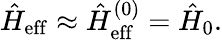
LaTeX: \hat{H}_{\mathrm{eff}}\approx\hat{H}_{\mathrm{eff}}^{(0)}=\hat{H}_{0}.